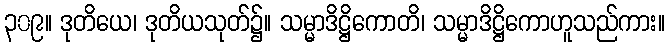
၃၀၉။ ဒုတိယေ၊ ဒုတိယသုတ်၌။ သမ္မာဒိဋ္ဌိကောတိ၊ သမ္မာဒိဋ္ဌိကောဟူသည်ကား။